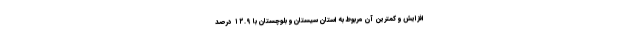
افزایش و کمترین آن مربوط به استان سیستان و بلوچستان با ۱۲.۹ درصد